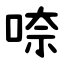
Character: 㖠